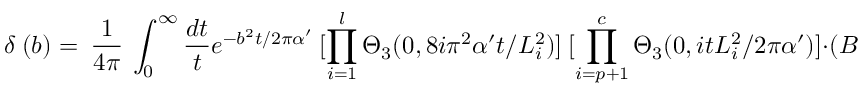
\delta ~ ( b ) = ~ \frac { 1 } { 4 \pi } ~ \int _ { 0 } ^ { \infty } \frac { d t } { t } e ^ { - b ^ { 2 } t / 2 \pi \alpha ^ { \prime } } ~ [ \prod _ { i = 1 } ^ { l } \Theta _ { 3 } ( 0 , 8 i \pi ^ { 2 } \alpha ^ { \prime } t / L _ { i } ^ { 2 } ) ] ~ [ \prod _ { i = p + 1 } ^ { c } \Theta _ { 3 } ( 0 , i t L _ { i } ^ { 2 } / 2 \pi \alpha ^ { \prime } ) ] \cdot ( B \times J ) ~ ~ .